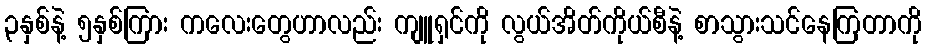
၃နှစ်နဲ့ ၅နှစ်ကြား ကလေးတွေဟာလည်း ကျူရှင်ကို လွယ်အိတ်ကိုယ်စီနဲ့ စာသွားသင်နေကြတာကို